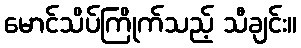
မောင်သိပ်ကြိုက်သည့် သီချင်း။